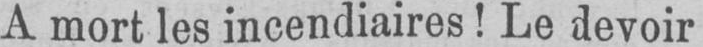
A mort les incendiaires! Le devoir